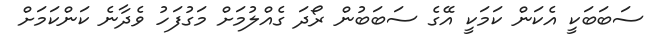
ސަބަބަކީ އެކަން ކަމަކީ އޭގެ ސަބަބުން ރޯދަ ގެއްލުމަށް މަގުފަހު ވެދާނެ ކަންކަމަށް